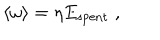
LaTeX: \langle \omega \rangle = \eta E _ { \mathrm { s p e n t } } \; ,